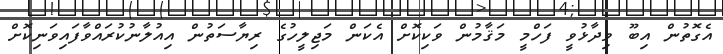
އެގޮތުން އިބޫ ވިދާޅުވީ ފަހްމީ މަޤާމުން ވަކިކޮށް އެކަން މަޖިލީހުގެ ރިޔާސަތުން އިއުލާނުކުރައްވާފައިވަނިކޮށް